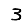
Digit: 3